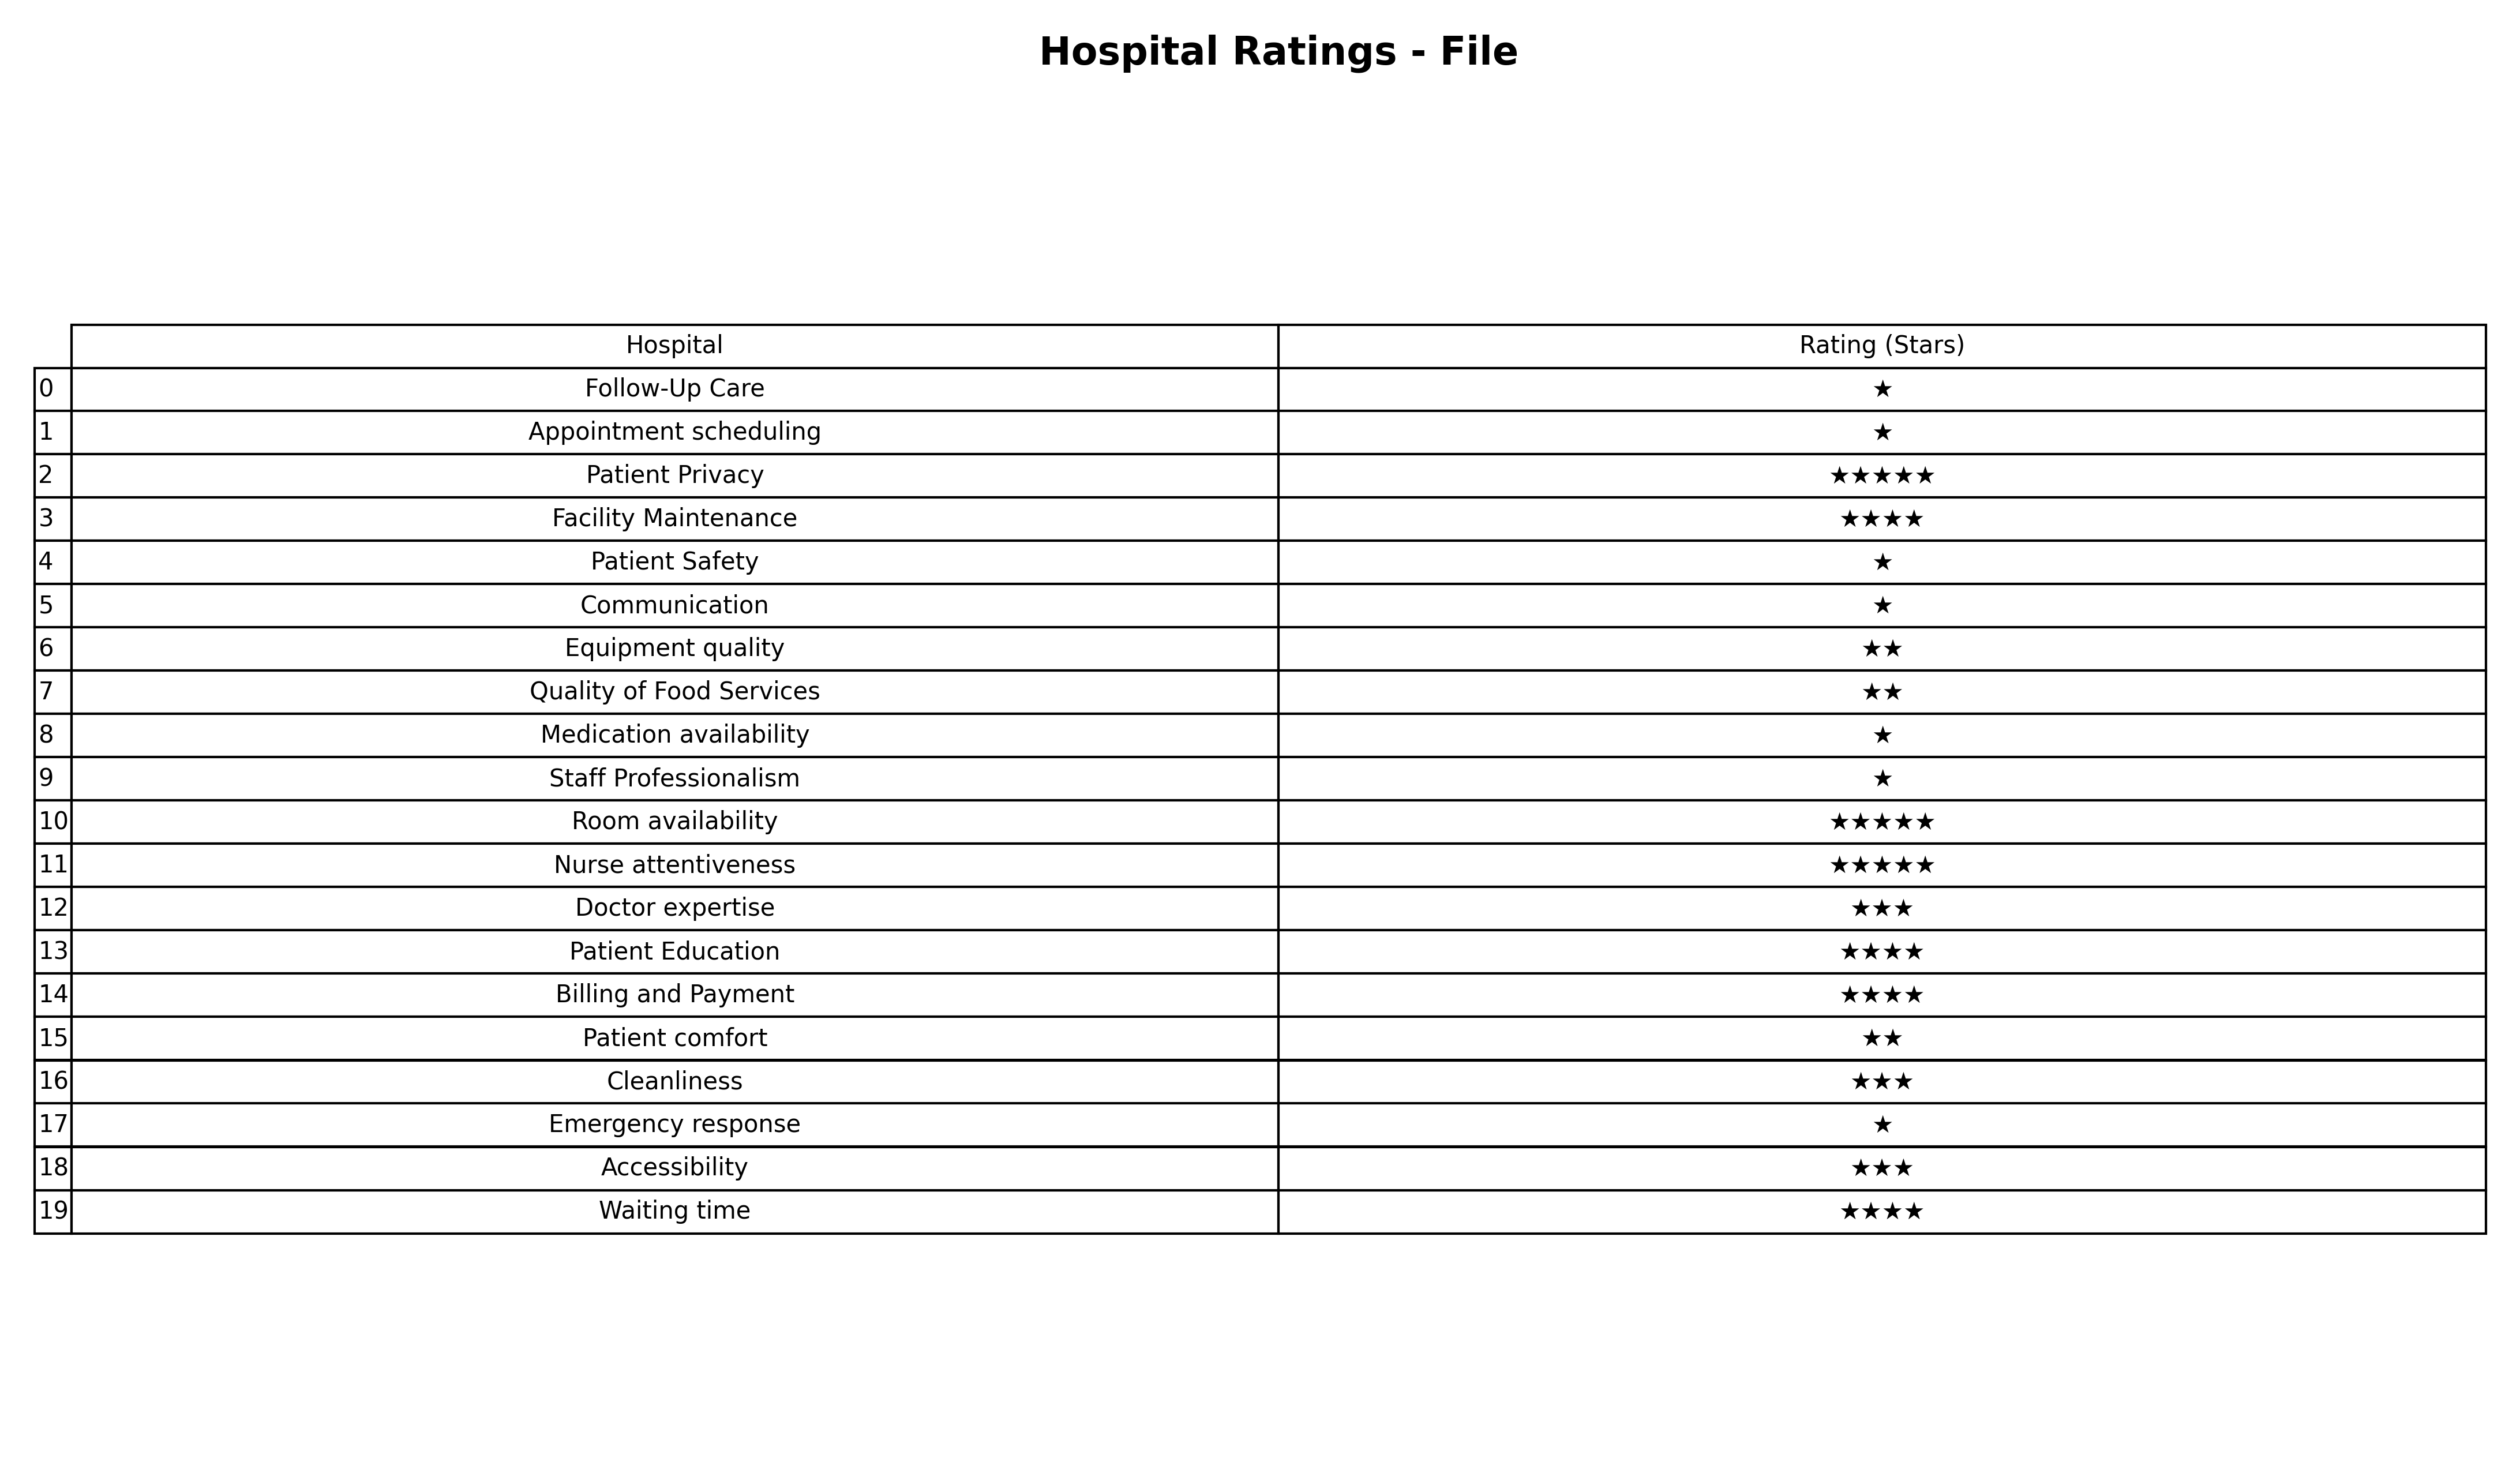
question: What are lowest rating services?
answer: Patient PrivacyRoom availabilityNurse attentiveness